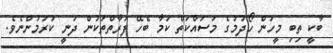
ބާކީ ތިބި މީހުން ހޯދުމުގެ މަސައްކަތް ކަމާ ބެހޭ ފަރާތްތަކުން ދަނީ ކުރަމުންނެވެ.